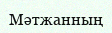
Мәтжанның